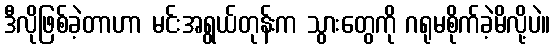
ဒီလိုဖြစ်ခဲ့တာဟာ မင်းအရွယ်တုန်းက သွားတွေကို ဂရုမစိုက်ခဲ့မိလို့ပဲ။